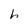
Character: h